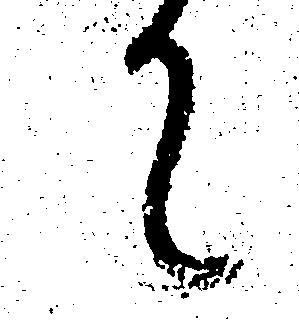
て